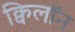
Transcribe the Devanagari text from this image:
क्विलॉन